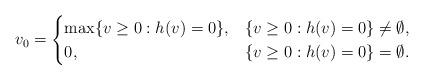
LaTeX: \begin{align*}v_0=\begin{cases} \max\{v\ge0:h(v)=0\}, & \{v\ge0:h(v)=0\}\ne\emptyset,\\ 0, & \{v\ge0:h(v)=0\}=\emptyset.\end{cases}\end{align*}